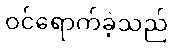
ဝင်ရောက်ခဲ့သည်